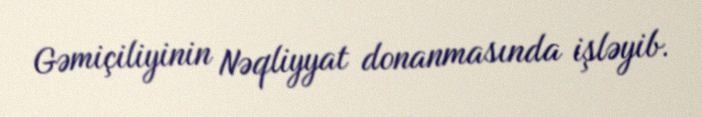
Gəmiçiliyinin Nəqliyyat donanmasında işləyib.